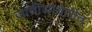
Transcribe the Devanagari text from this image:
जातीआधारीत्